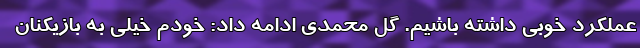
عملکرد خوبی داشته باشیم. گل محمدی ادامه داد: خودم خیلی به بازیکنان